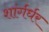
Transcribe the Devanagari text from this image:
शांर्गर्धर